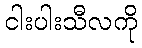
ငါးပါးသီလကို